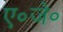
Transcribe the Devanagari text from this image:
ए॰जे॰